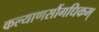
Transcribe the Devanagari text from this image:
कल्याणसौंगधिकम्